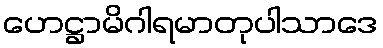
ဟေဋ္ဌာမိဂါရမာတုပါသာဒေ